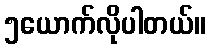
၅ယောက်လိုပါတယ်။